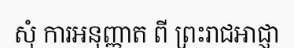
សុំ ការអនុញ្ញាត ពី ព្រះរាជអាជ្ញា